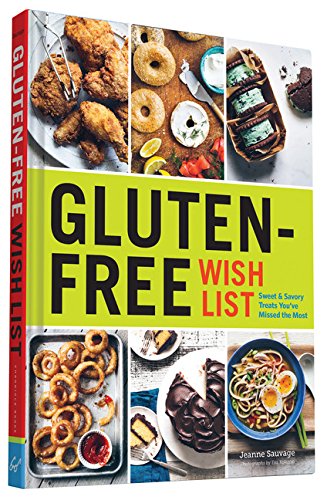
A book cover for Gluten-Free Wish List: Sweet and Savory Treats You've Missed the Most; Jeanne Sauvage; Cookbooks, Food & Wine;